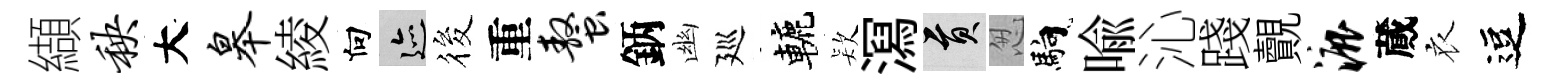
纈秧大皋綾向迹筱重螯鈵幽廵轆𣣇㵼貢怱馿喻沁踐覿漉蕆衣逗